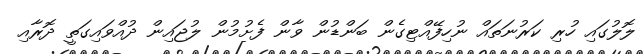
ލޮލުގައި ހުރި ކަރުނަތައް ނުހިފޭއްޓިގެން ބަންޑުން ވާން ފެށުމުން ލުޖައިން ދުއްވައިގަތީ ދޮރާއި